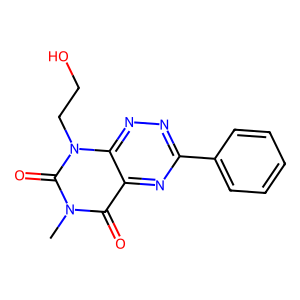
SMILES: Cn1c(=O)c2nc(-c3ccccc3)nnc2n(CCO)c1=O
Inhibits HIV replication: No